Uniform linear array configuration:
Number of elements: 48
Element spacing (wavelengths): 0.75
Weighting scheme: exponential
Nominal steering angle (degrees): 45
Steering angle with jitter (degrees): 43.233
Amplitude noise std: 0.05
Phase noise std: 0.05

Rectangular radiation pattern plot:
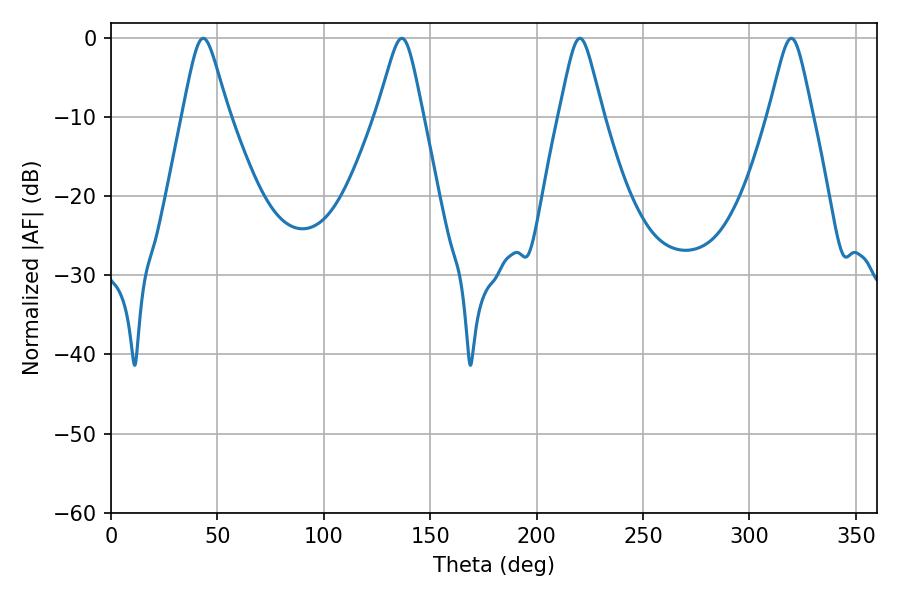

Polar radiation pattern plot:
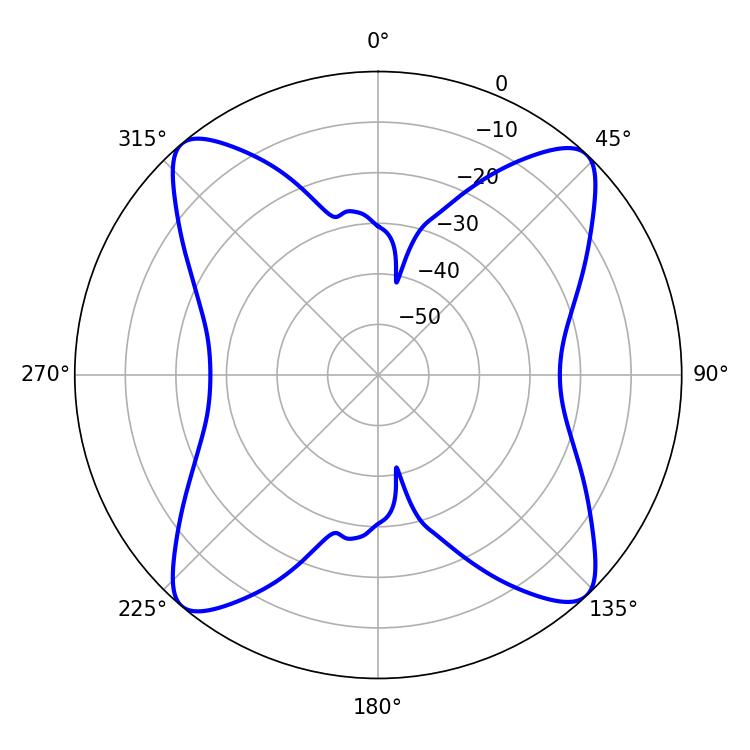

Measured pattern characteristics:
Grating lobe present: TRUE
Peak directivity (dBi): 17.362
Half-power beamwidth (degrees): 9.9
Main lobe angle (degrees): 220.32